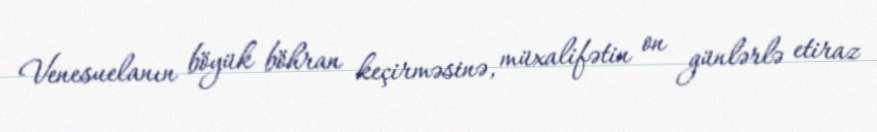
Venesuelanın böyük böhran keçirməsinə, müxalifətin on günlərlə etiraz